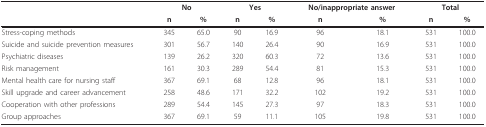
<table><thead><tr><td></td><td colspan="2"><b>No</b></td><td colspan="2"><b>Yes</b></td><td colspan="2"><b>No/inappropriate answer</b></td><td colspan="2"><b>Total</b></td></tr><tr><td></td><td><b>n</b></td><td><b>%</b></td><td><b>n</b></td><td><b>%</b></td><td><b>n</b></td><td><b>%</b></td><td><b>n</b></td><td><b>%</b></td></tr></thead><tbody><tr><td>Stress-coping methods</td><td>345</td><td>65.0</td><td>90</td><td>16.9</td><td>96</td><td>18.1</td><td>531</td><td>100.0</td></tr><tr><td>Suicide and suicide prevention measures</td><td>301</td><td>56.7</td><td>140</td><td>26.4</td><td>90</td><td>16.9</td><td>531</td><td>100.0</td></tr><tr><td>Psychiatric diseases</td><td>139</td><td>26.2</td><td>320</td><td>60.3</td><td>72</td><td>13.6</td><td>531</td><td>100.0</td></tr><tr><td>Risk management</td><td>161</td><td>30.3</td><td>289</td><td>54.4</td><td>81</td><td>15.3</td><td>531</td><td>100.0</td></tr><tr><td>Mental health care for nursing staff</td><td>367</td><td>69.1</td><td>68</td><td>12.8</td><td>96</td><td>18.1</td><td>531</td><td>100.0</td></tr><tr><td>Skill upgrade and career advancement</td><td>258</td><td>48.6</td><td>171</td><td>32.2</td><td>102</td><td>19.2</td><td>531</td><td>100.0</td></tr><tr><td>Cooperation with other professions</td><td>289</td><td>54.4</td><td>145</td><td>27.3</td><td>97</td><td>18.3</td><td>531</td><td>100.0</td></tr><tr><td>Group approaches</td><td>367</td><td>69.1</td><td>59</td><td>11.1</td><td>105</td><td>19.8</td><td>531</td><td>100.0</td></tr></tbody></table>